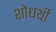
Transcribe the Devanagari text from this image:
शोधर्थी